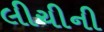
લીચીની